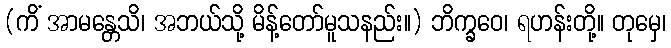
(ကိံ အာမန္တေသိ၊ အဘယ်သို့ မိန့်တော်မူသနည်း။) ဘိက္ခဝေ၊ ရဟန်းတို့။ တုမှေ၊